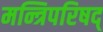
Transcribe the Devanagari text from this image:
मन्त्रिपरिषद्